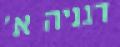
דגניה א'